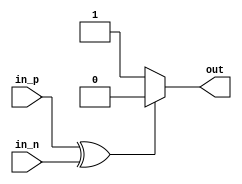
module ECL_buffer (
    input in_p,  // positive input signal in ECL format
    input in_n,  // negative input signal in ECL format
    output reg out  // buffered output signal
);

reg diff_amp_out;  // output of differential amplifier
reg level_shifter_out;  // output of level shifter

// Differential amplifier for input signal conditioning
assign diff_amp_out = in_p ^ in_n;

// Level shifter for voltage conversion
always @* begin
    if (diff_amp_out == 1'b1) begin
        level_shifter_out = 1'b0;  // ECL high level is converted to low level
    end else begin
        level_shifter_out = 1'b1;  // ECL low level is converted to high level
    end
end

// Drive circuit to provide a robust output signal
always @* begin
    out = level_shifter_out;  // output is same as level shifter output
end

endmodule